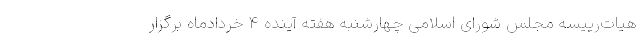
هیات‌رییسه مجلس شورای اسلامی چهارشنبه هفته آینده ۴ خردادماه برگزار